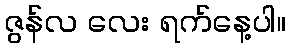
ဇွန်လ လေး ရက်နေ့ပါ။